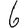
Digit: 6